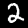
Label: 2